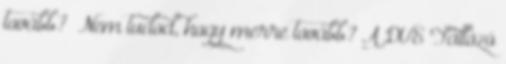
tovább?” Nem tudod, hogy merre tovább? A DUE Tallózó